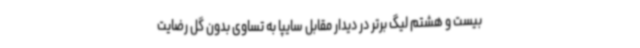
بیست‌ و هشتم لیگ برتر در دیدار مقابل سایپا به تساوی بدون گل رضایت